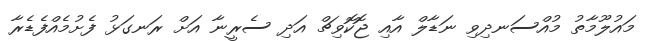
މައުލޫމާތު މުއްސަނދިވި ނަޑާލް އާއި ޖޮކޮވިޗް އަދި ސެރީނާ އަށް ރަނގަޅު ފެށުމެއްފެޑެރާ